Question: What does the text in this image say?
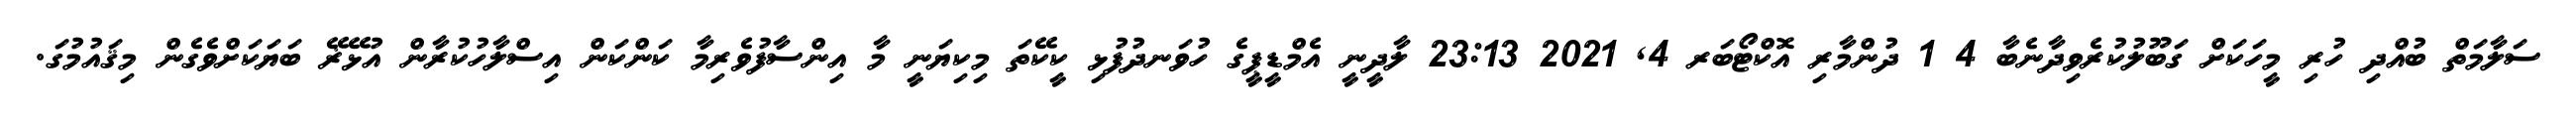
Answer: ސަލާމަތް ބުއްދި ހުރި މީހަކަށް ގަބޫލުކުރެވިދާނެބާ 4 1 ދުންމާރި އޮކްޓޯބަރ 4, 2021 23:13 ލާދީނީ އެމްޑީޕީގެ ހުވަނދުފުޅި ކީކޭތަ މިކިޔަނީ މާ އިންސާފުވެރިމާ ކަންކަން އިސްލާހުކުރާން އުޅޭޜޭ ބަޔަކަށްވެގެން މިޤައުމުގަ.